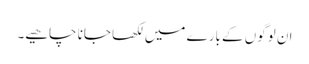
ان لوگوں کے بارے میں لکھا جانا چاھیے۔